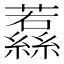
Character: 𮉔